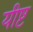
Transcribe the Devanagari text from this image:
यीष्ट